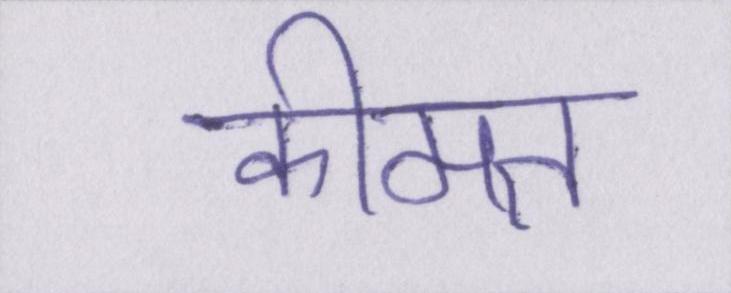
कीमत